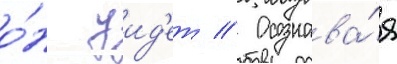
о́н уид'ет // Осознава́я